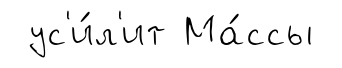
ус'и́л'ит Ма́ссы